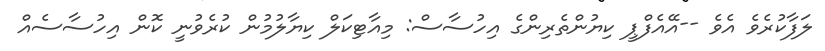
ލަފާކުރެވެ އެވެ --އޭއެފްޕީ ކިޔުންތެރިންގެ އިހުސާސް: މިއާޓިކަލް ކިޔާލުމުން ކުރެވުނީ ކޮން އިހުސާސެއް